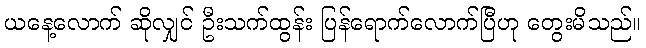
ယနေ့လောက် ဆိုလျှင် ဦးသက်ထွန်း ပြန်ရောက်လောက်ပြီဟု တွေးမိသည်။